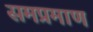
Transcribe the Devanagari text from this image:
समप्रमाण